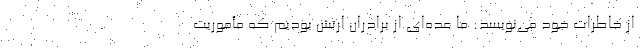
از خاطرات خود می‌نویسد: ما عده‌ای از برادران ارتش بودیم که مأموریت